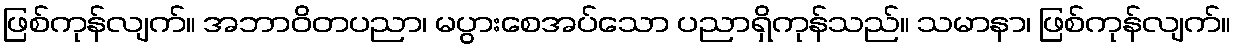
ဖြစ်ကုန်လျက်။ အဘာဝိတပညာ၊ မပွားစေအပ်သော ပညာရှိကုန်သည်။ သမာနာ၊ ဖြစ်ကုန်လျက်။